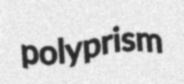
polyprism